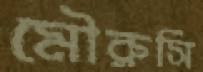
মৌরুসি